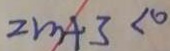
2 m + 3 < 0